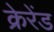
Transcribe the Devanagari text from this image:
क्रेरेंड